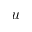
u